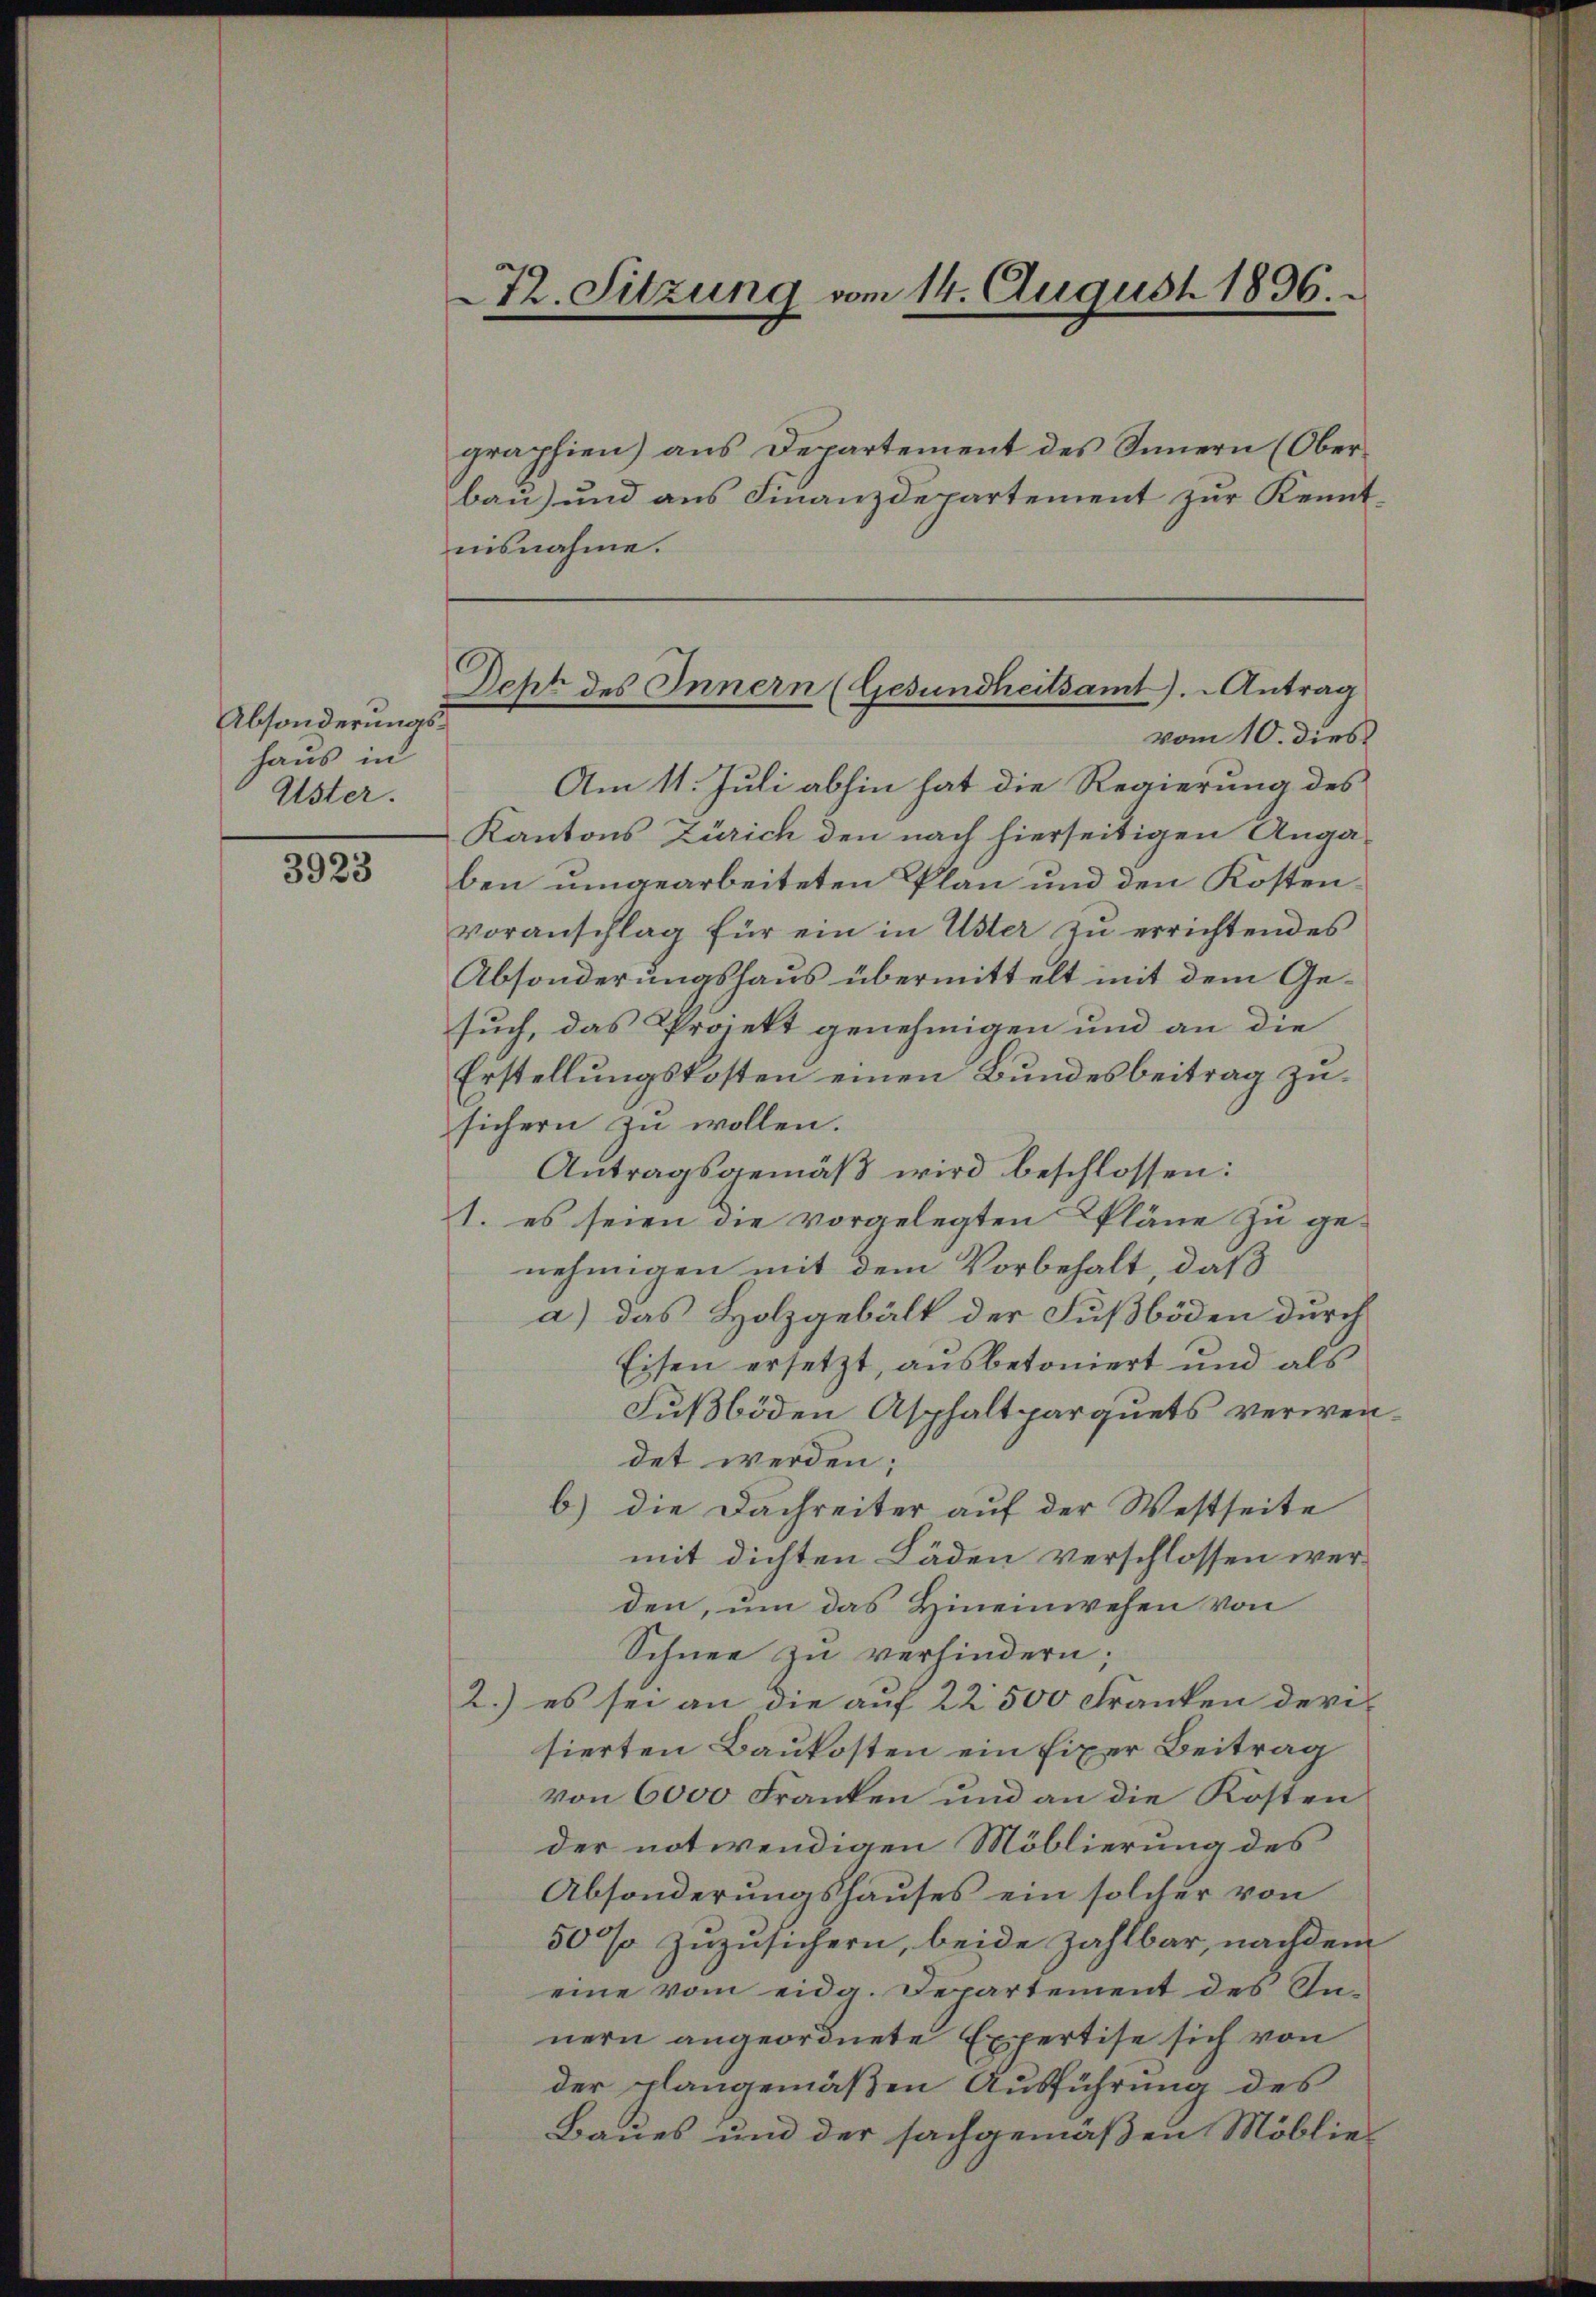
Absonderungshaus in
Uster.

3923

72. Sitzung vom 14. August 1836.

Seht des Innern (Gesundheitsamt). Antrag
vom 10. dies

graphien) aus Departement des Innern (Oberbau) und aus Finanzdepartement zur Kenntnisnahme.
Am 11. Juli abhin hat die Regierung des
Kantons Zürich den nach hierseitigen Anga-
ben umgearbeiteten Plan und den Kosten
voranschlag für ein in Uster zu errichtendes
Absonderungshaus übermittelt mit dem Gesuch, das Projekt genehmigen und an die
Erstellungskosten einen Bundesbeitrag zusichern zu wollen.
Antragsgemäß wird beschlossen:
1. es seien die vorgelegten Pläne zu genehmigen mit dem Vorbehalt, daß
a.) das Holzgebälk der Fußboden durch
Eisen ersetzt, ausbetoniert und als
Fußboden Asphaltparquets verwendet werden;
b) die Dachreiter auf der Westseite
mit dichten Läden verschlossen werden, um das Hineinwesen von
Schnee zu verhindern.
2.) es sei an die auf 22 500 Franken deri
sierten Baukosten ein fixer Beitrag
von 6000 Franken und an die Kosten
der notwendigen Möblierung des
Absonderungshauses ein solcher von
50% zuzusichern, beide Zahlbar, nachdem
eine vom eidg. Departement des Innern angeordnete Expertise sich von
der plangemäßen Ausführung des
Baues und der sachgemäßen Möblie¬